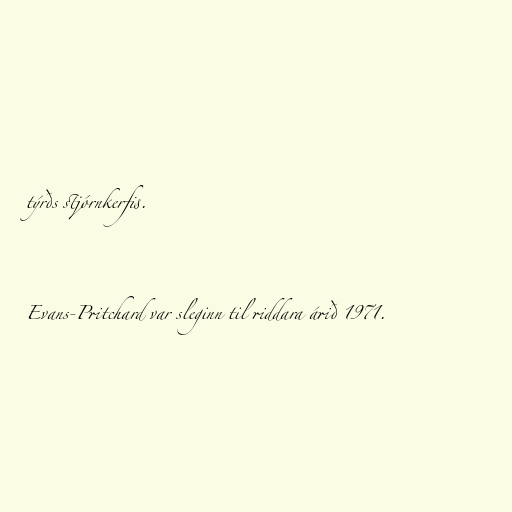
týrðs stjórnkerfis.

Evans-Pritchard var sleginn til riddara árið 1971.